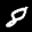
Label: 8